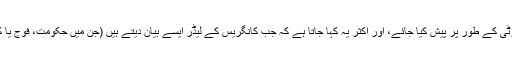
بی جے پی کی یہ کوشش رہتی ہے کہ کانگریس کو ’پاکستان ہمدرد‘ پارٹی کے طور پر پیش کیا جائے، اور اکثر یہ کہا جاتا ہے کہ جب کانگریس کے لیڈر ایسے بیان دیتے ہیں (جن میں حکومت، فوج یا کسی ادارے پر تنقید کی گئی ہو) تو پاکستان میں خوشیاں منائی جاتی ہیں۔